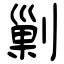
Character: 剿